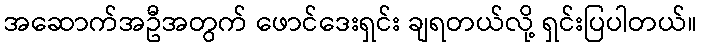
အဆောက်အဦအတွက် ဖောင်ဒေးရှင်း ချရတယ်လို့ ရှင်းပြပါတယ်။